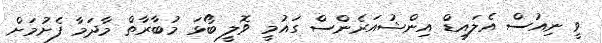
ވީ ނިއުސް އެލައިޑް އިންޝުއަރެންސް ގަައުމީ ވޮލީ ބޯޅަ މުބާރާތް މާދަމާ ފެށުމަށް